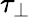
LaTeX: \tau_{\perp}